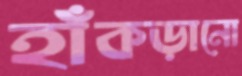
হাঁকড়ানো